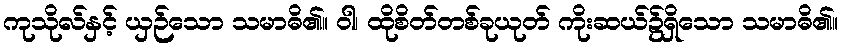
ကုသိုလ်နှင့် ယှဉ်သော သမာဓိ၏။ ဝါ၊ ထိုစိတ်တစ်ခုယုတ် ကိုးဆယ်၌ရှိသော သမာဓိ၏။